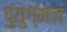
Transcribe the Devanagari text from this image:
पुंयुग्मज